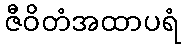
ဇီဝိတံအထာပရံ